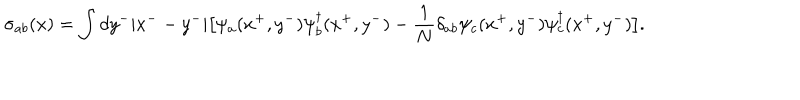
LaTeX: \sigma _ { a b } ( x ) = \int d y ^ { - } | x ^ { - } - y ^ { - } | \big [ \psi _ { a } ( x ^ { + } , y ^ { - } ) \psi _ { b } ^ { \dagger } ( x ^ { + } , y ^ { - } ) - { \frac { 1 } { N } } \delta _ { a b } \psi _ { c } ( x ^ { + } , y ^ { - } ) \psi _ { c } ^ { \dagger } ( x ^ { + } , y ^ { - } ) \big ] .